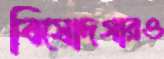
বিষোদগারও